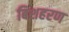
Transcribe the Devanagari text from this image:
बिशहरण